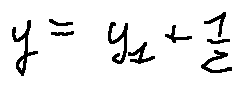
y = y _ { 1 } + \frac { 1 } { z }